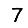
Digit: 7